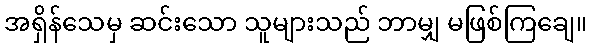
အရှိန်သေမှ ဆင်းသော သူများသည် ဘာမျှ မဖြစ်ကြချေ။